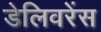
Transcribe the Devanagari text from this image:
डेलिवरेंस